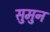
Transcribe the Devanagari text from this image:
सुमुन